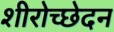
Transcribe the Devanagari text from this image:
शीरोच्छेदन